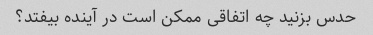
حدس بزنید چه اتفاقی ممکن است در آینده بیفتد؟